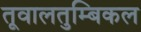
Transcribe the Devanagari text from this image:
तूवालतुम्बिकल